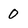
Character: 0